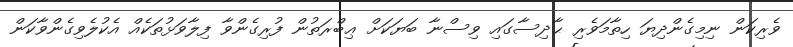
ވެރިކަން ނިމިގެންދިޔަ ހިތާމަވެރި ޙާދިސާގައި ވިސްނާ ބަޔަކަށް ޢިބްރަތުން ފުރިގެންވާ ފިލާވަޅުތަކެއް އެކުލެވިގެންވާކަން